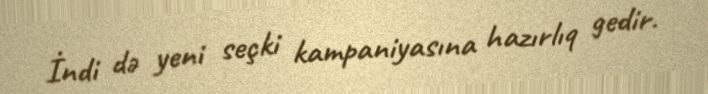
İndi də yeni seçki kampaniyasına hazırlıq gedir.